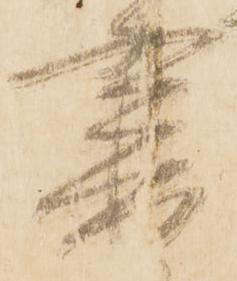
書